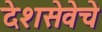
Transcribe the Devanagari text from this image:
देशसेवेचे